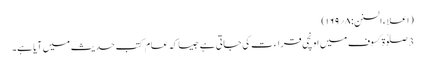
(اعلاء السنن:۸؍۱۶۹)
3 صلوٰۃ کسوف میں اونچی قراء ت کی جاتی ہے جیسا کہ عام کتب حدیث میں آیا ہے۔